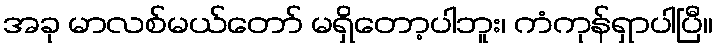
အခု မာလစ်မယ်တော် မရှိတော့ပါဘူး၊ ကံကုန်ရှာပါပြီ။